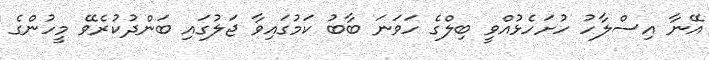
އޭނާ އިސްލާހު ހުށަހެޅުއްވީ ބިލްގެ ހަވަނަ ބާބު ކަމުގައިވާ ޖަލުގައި ބަންދުކުރެވޭ މީހުންގެ